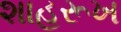
શાહરૂખ